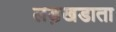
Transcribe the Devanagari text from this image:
लड़खडाता